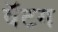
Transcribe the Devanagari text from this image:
वॅटग